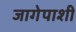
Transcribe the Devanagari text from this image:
जागेपाशी